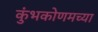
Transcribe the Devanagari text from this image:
कुंभकोणमच्या